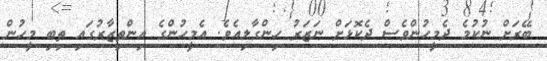
ބޭރަށް ނުކުމެ ދެމީހުންވެސް ދެކޮޅަށް ނަޒަރު ހިންގާލިއެވެ. އެމީހުންގެ އިންތިޒާރުގައި ތިބި މީހުން